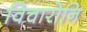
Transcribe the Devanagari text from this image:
विचारोनि